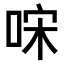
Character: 𠳼